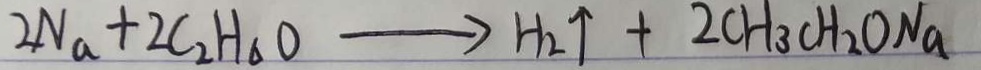
2 N a + 2 C _ { 2 } H _ { \Delta } O \rightarrow H _ { 2 } \uparrow + 2 C H _ { 3 } C H _ { 2 } O N a